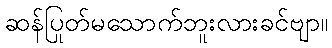
ဆန်ပြုတ်မသောက်ဘူးလားခင်ဗျာ။